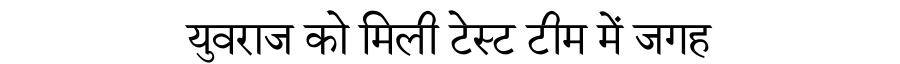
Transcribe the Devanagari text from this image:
युवराज को मिली टेस्ट टीम में जगह